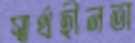
স্বার্থহীনতা